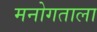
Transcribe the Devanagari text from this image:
मनोगताला